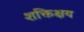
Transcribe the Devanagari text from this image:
शक्तिक्षय